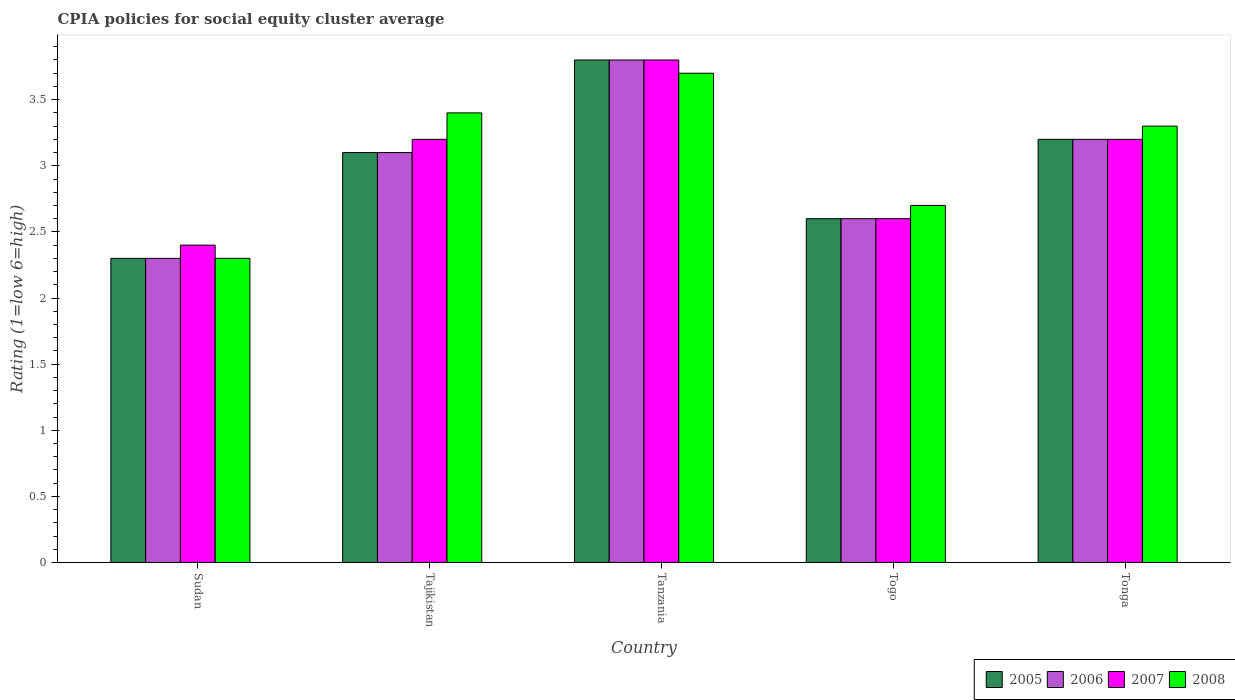
| Country | 2005 | 2006 | 2007 | 2008 |
 | --- | --- | --- | --- | --- |
 | Sudan | 2.3 | 2.3 | 2.4 | 2.3 |
 | Tajikistan | 3.1 | 3.1 | 3.2 | 3.4 |
 | Tanzania | 3.8 | 3.8 | 3.8 | 3.7 |
 | Togo | 2.6 | 2.6 | 2.6 | 2.7 |
 | Tonga | 3.2 | 3.2 | 3.2 | 3.3 |